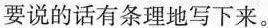
要说的话有条理地写下来。